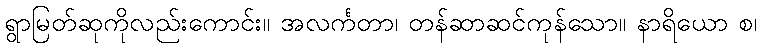
ရွာမြတ်ဆုကိုလည်းကောင်း။ အလင်္ကတာ၊ တန်ဆာဆင်ကုန်သော။ နာရိယော စ၊